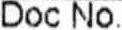
DOC NO.